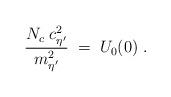
LaTeX: \begin{align*}\frac{N_c \; c^2_{\eta^\prime}}{m_{\eta^\prime}^2} \; = \; U_0(0) \; .\end{align*}